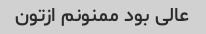
عالی بود ممنونم ازتون